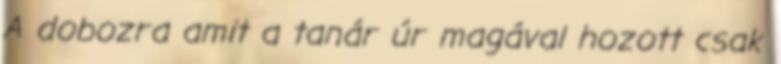
A dobozra amit a tanár úr magával hozott csak